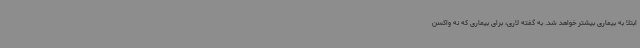
ابتلا به بیماری بیشتر خواهد شد. به گفته لاری، برای بیماری که نه واکسن